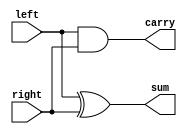
module half_adder(left, right, sum, carry);
	input left;
	input right;

	output sum;
	output carry;

	assign sum = left ^ right;
	assign carry = left & right;
endmodule